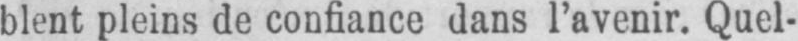
blent pleins de confiance dans l’avenir. Quel-